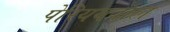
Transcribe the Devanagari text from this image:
पेरिययवाल